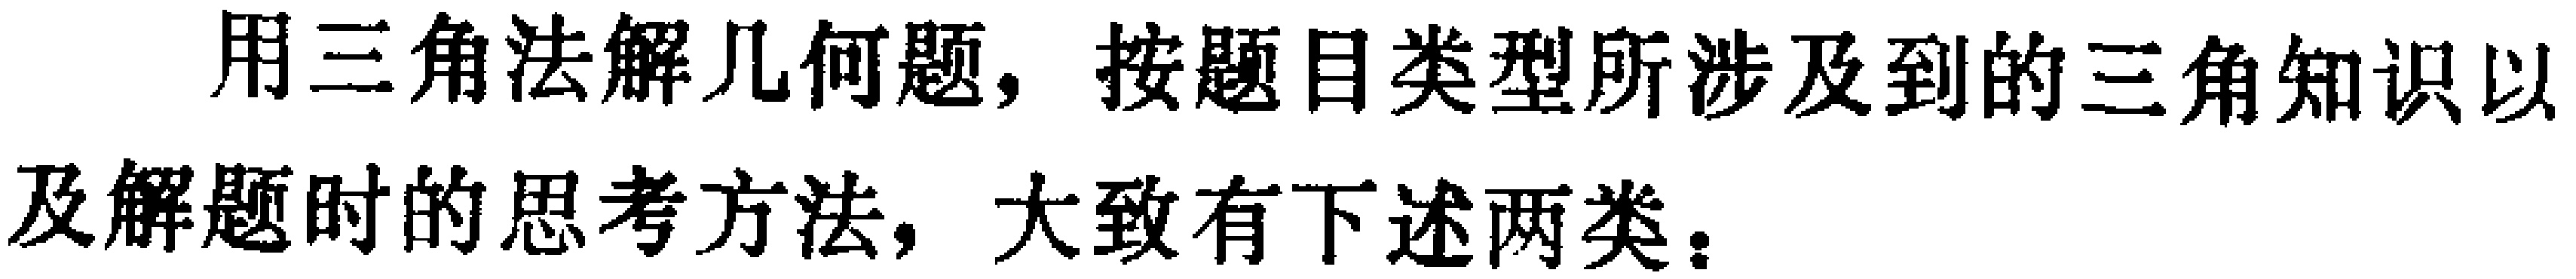
用三角法解几何题，按题目类型所涉及到的三角知识以及解题时的思考方法，大致有下述两类：